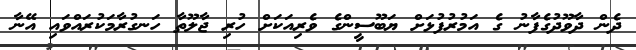
ދެން ދާވޫދުގެފާނު ގެ އަމުރުފުޅަށް ޔަބޫސީންގެ ވެރިއަކަށް ހުރި ޖާލޫތާ ހަނގުރާމަކުރައްވައި އޭނާ